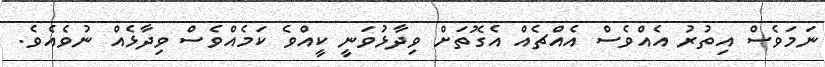
ނަމަވެސް އިތުރު އެއްވެސް އެއްޗެއް އެގޮތަށް ވިދާޅުވަނީ ކީއްވެ ކަމެއްވެސް ވިދާޅެއް ނުވެއެެވެ.